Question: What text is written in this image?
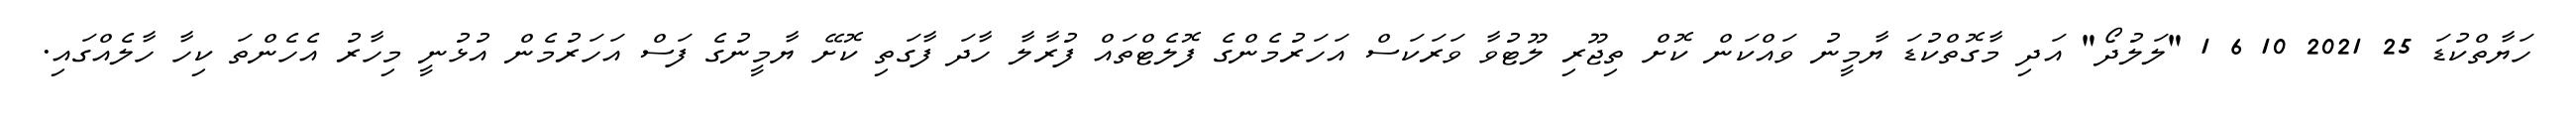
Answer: ހަޔާތްކުޑަ 25 2021 10 6 1 "ލަލުދޯ" އަދި މާގޮތްކުޑަ ޔާމީނު ވައްކަން ކޮށް ތިޖޫރި ލޫޓުވާ ވަރަކަސް އަހަރުމެންގެ ފޮލެޓްތައް ފުރާލާ ހާދަ ފާގަތި ކޮށޭ ޔާމީނުގެ ފަސް އަހަރުމެން އުޅުނީ މިހާރު އެހެންތަ ކިހާ ހާލެއްގައި.